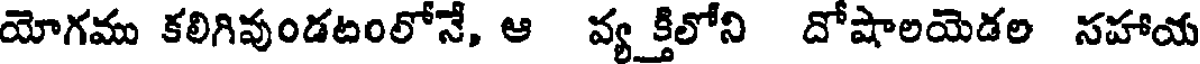
యోగము కలిగివుండటంలోనే, ఆ వ్యక్తిలోని దోషాలయెడల సహాయ